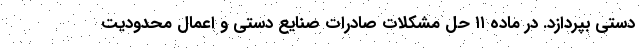
دستی بپردازد. در ماده ۱۱ حل مشکلات صادرات صنایع دستی و اعمال محدودیت